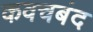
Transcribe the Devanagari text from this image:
कवचबंद